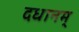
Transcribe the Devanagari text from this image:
दधानम्